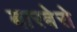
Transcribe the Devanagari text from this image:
बारबेरो